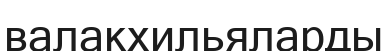
валакхильяларды